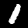
Label: 1